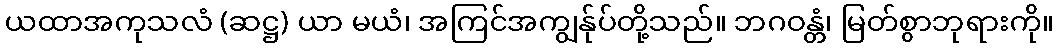
ယထာအကုသလံ (ဆဋ္ဌ) ယာ မယံ၊ အကြင်အကျွန်ုပ်တို့သည်။ ဘဂဝန္တံ၊ မြတ်စွာဘုရားကို။